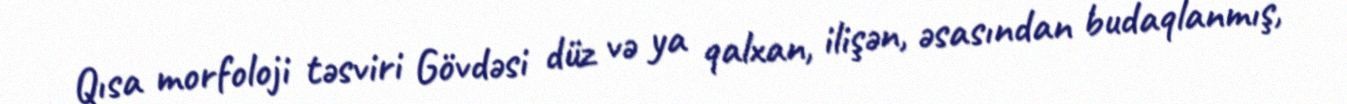
Qısa morfoloji təsviri Gövdəsi düz və ya qalxan, ilişən, əsasından budaqlanmış,